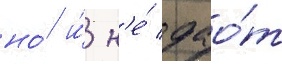
но́ и́ н'е́ дао́т